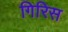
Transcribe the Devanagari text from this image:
गिरिस